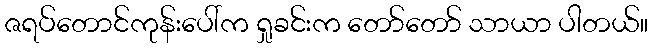
ဇရပ်တောင်ကုန်းပေါ်က ရှုခင်းက တော်တော် သာယာ ပါတယ်။